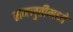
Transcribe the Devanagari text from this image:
समजुतीमध्ये